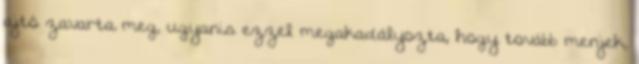
ajtó zavarta meg, ugyanis ezzel megakadályozta, hogy tovább menjek,